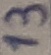
Text: 13